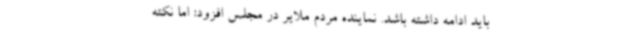
باید ادامه داشته باشد. نماینده مردم ملایر در مجلس افزود: اما نکته